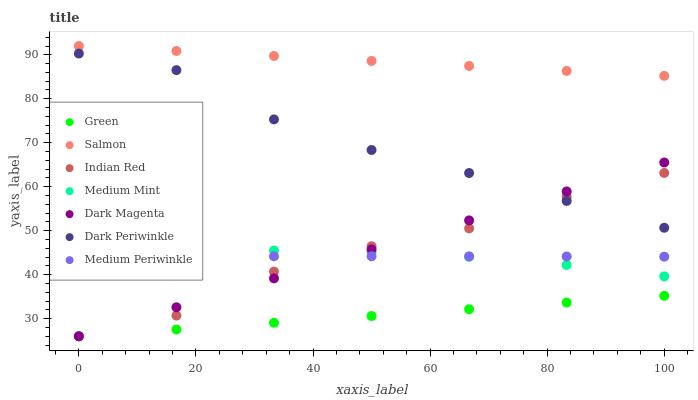
| xaxis_label | Green | Salmon | Indian Red | Medium Mint | Dark Magenta | Dark Periwinkle | Medium Periwinkle |
 | --- | --- | --- | --- | --- | --- | --- | --- |
 | 0 | 26 | 92 | 26 | 44 | 26 | 90.3 | 44.2 |
 | 16.7 | 27.5 | 90.9 | 30.7 | 45.1 | 32.6 | 86.5 | 44.2 |
 | 33.3 | 29.1 | 89.7 | 40.7 | 45.5 | 39.2 | 75.3 | 44.2 |
 | 50 | 30.6 | 88.6 | 46.5 | 45.2 | 45.8 | 68.4 | 44.2 |
 | 66.7 | 32.1 | 87.5 | 50.5 | 44.1 | 52.3 | 63.1 | 44.2 |
 | 83.3 | 33.7 | 86.3 | 57.7 | 42.2 | 58.9 | 56.8 | 44.1 |
 | 100 | 35.2 | 85.2 | 63.1 | 39.6 | 65.5 | 50.7 | 44.1 |